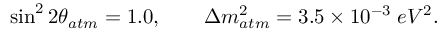
\sin ^ { 2 } 2 \theta _ { a t m } = 1 . 0 , \qquad \Delta m _ { a t m } ^ { 2 } = 3 . 5 \times 1 0 ^ { - 3 } \; e V ^ { 2 } .